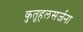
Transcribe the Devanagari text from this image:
कुतूहलसर्जना